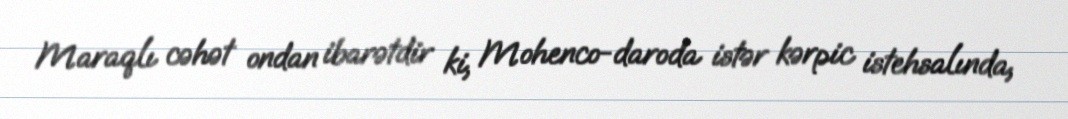
Maraqlı cəhət ondan ibarətdir ki, Mohenco-daroda istər kərpic istehsalında,